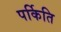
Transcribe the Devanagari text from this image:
पर्किति